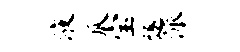
液瓜宝遂派